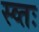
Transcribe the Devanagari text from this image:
स्व्तः